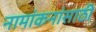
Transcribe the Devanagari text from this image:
नामांकनांसाठी